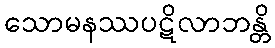
သောမနဿပဋိလာဘန္တိ